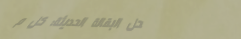
محل البقالة الحديثة: كل م